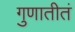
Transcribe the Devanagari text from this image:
गुणातीतं